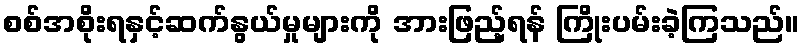
စစ်အစိုးရနှင့်ဆက်နွယ်မှုများကို အားဖြည့်ရန် ကြိုးပမ်းခဲ့ကြသည်။